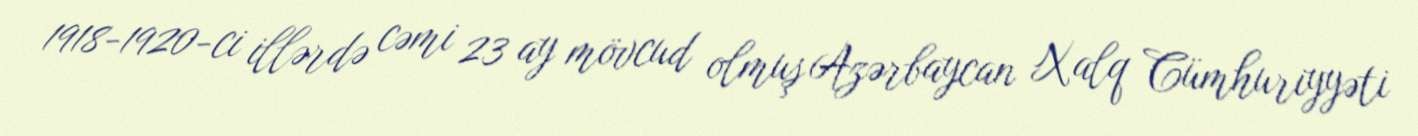
1918-1920-ci illərdə cəmi 23 ay mövcud olmuş Azərbaycan Xalq Cümhuriyyəti